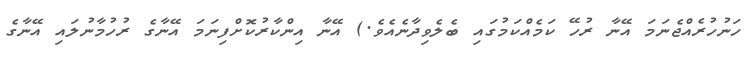
ހަނުހުރެއްޖެނަމަ އޭނާ ރުހޭ ކަމެއްކަމުގައި ބެލެވިދާނެއެވެ.) އޭނާ އިންކާރުކޮށްފިނަމަ އޭނާގެ ރުހުމާނުލައި އޭނާގެ